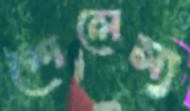
শৈলেস্য